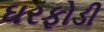
ઘરફોડી